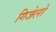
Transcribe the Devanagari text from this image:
गिजेलो